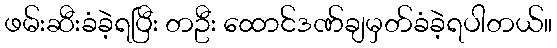
ဖမ်းဆီးခံခဲ့ရပြီး တဦး ထောင်ဒဏ်ချမှတ်ခံခဲ့ရပါတယ်။